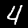
Digit: 4